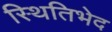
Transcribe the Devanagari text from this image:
स्थितिभेद